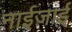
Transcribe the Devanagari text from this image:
नाईज़ाई